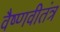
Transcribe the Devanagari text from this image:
वैष्णवीतंत्र